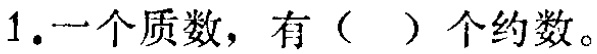
1.一个质数，有（  ）个约数。